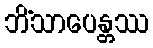
ဘိံသာပေန္တဿ